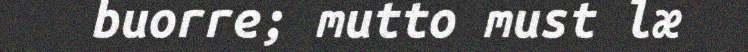
buorre; mutto must læ